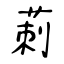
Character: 莿